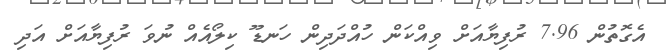
އެގޮތުން 7.96 ރުފިޔާއަށް ވިއްކަން ހުއްދަދިން ހަނޑޫ ކިލޯއެއް ނުވަ ރުފިޔާއަށް އަދި